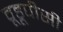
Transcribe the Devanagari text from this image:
वूडूपीसी